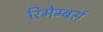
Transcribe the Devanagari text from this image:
रिमेम्बर्स